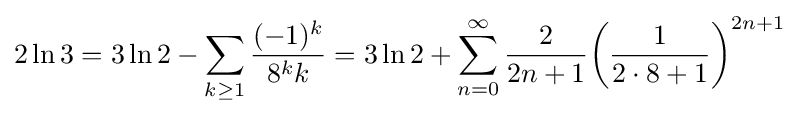
2\ln 3=3\ln 2-\sum _{k\geq 1}{\frac {(-1)^{k}}{8^{k}k}}=3\ln 2+\sum _{n=0}^{\infty }{\frac {2}{2n+1}}{\left({\frac {1}{2\cdot 8+1}}\right)}^{2n+1}